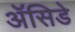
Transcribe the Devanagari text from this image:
ॲसिडे